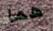
هما